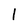
Character: 1